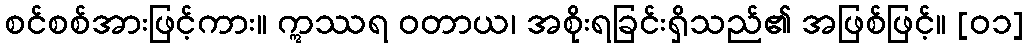
စင်စစ်အားဖြင့်ကား။ ဣဿရ ဝတာယ၊ အစိုးရခြင်းရှိသည်၏ အဖြစ်ဖြင့်။ [၀၁]